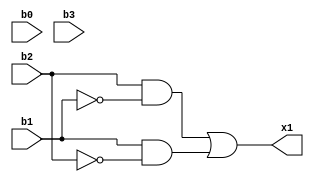
module f1(x1,b0,b1,b2,b3);
  
	input b0,b1,b2,b3;
	output x1;

	wire wire_not_1, wire_not_2, wire_3, wire_4;

	and gate_and_1(wire_3, b2, wire_not_1);
	not gate_not_1(wire_not_1, b1);
	or gate_or(x1, wire_3, wire_4);
	not gate_not_2(wire_not_2, b2);
	and gate_and_2(wire_4, b1, wire_not_2);

endmodule